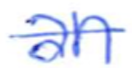
Text: an
Cross-out: single-line
Writing tool: ballpoint